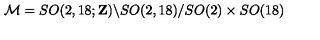
{ \cal M } = S O ( 2 , 1 8 ; { \bf Z } ) \backslash S O ( 2 , 1 8 ) / S O ( 2 ) \times S O ( 1 8 )